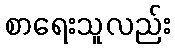
စာရေးသူလည်း